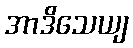
အာဒိသေယျ